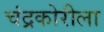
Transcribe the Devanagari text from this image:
चंद्रकोरीला